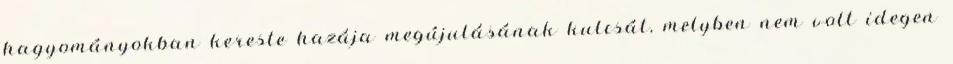
hagyományokban kereste hazája megújulásának kulcsát, melyben nem volt idegen